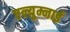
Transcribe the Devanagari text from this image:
एल्युम्नाई